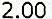
2.00